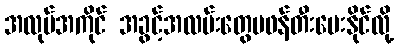
အလုပ်အကိုင် အခွင့်အလမ်းတွေမဖန်တီးပေးနိုင်လို့